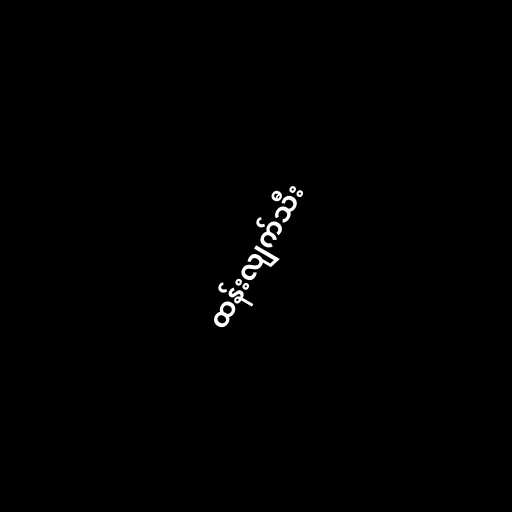
ထန်းလျက်သီး